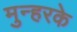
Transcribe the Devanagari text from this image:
मुन्हरके